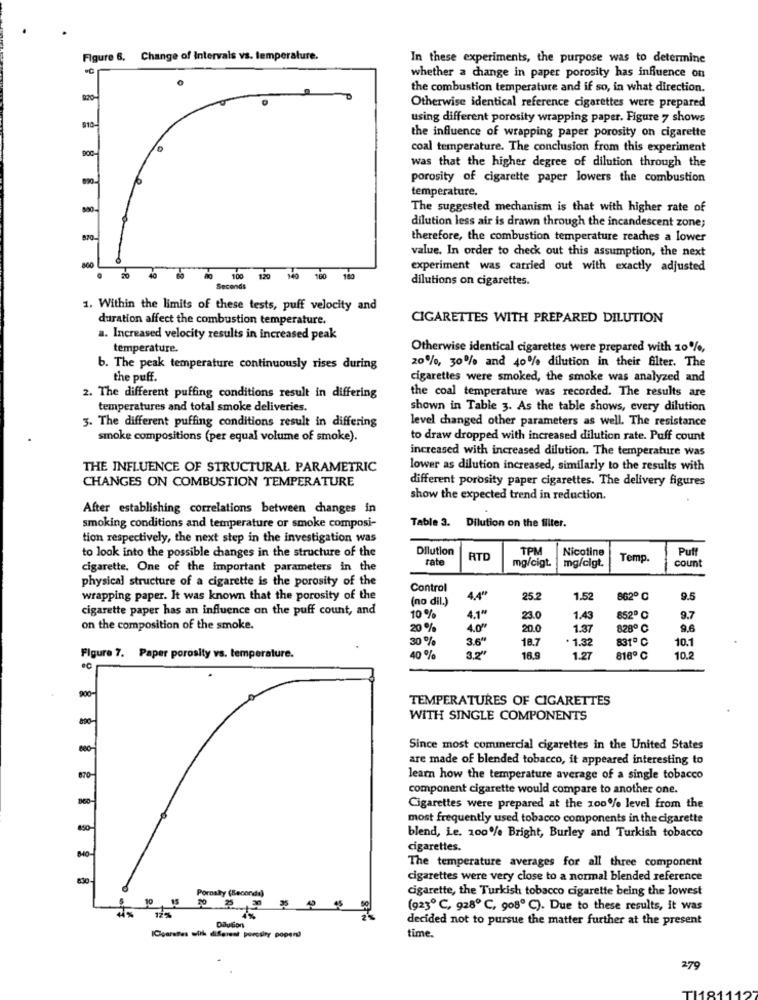
Figure 6. Change of intervals vs. temperature.
In these experiments, the purpose was to determine
whether a change in paper porosity has influence on
the combustion temperature and if so, in what direction.
Otherwise identical reference cigarettes were prepared
using different porosity wrapping paper. Figure 7 shows
910-
the influence of wrapping paper porosity on cigarette
coal temperature. The conclusion from this experiment
was that the higher degree of dilution through the
porosity of cigarette paper lowers the combustion
temperature.
The suggested mechanism is that with higher rate of
dilution less air is drawn through the incandescent zone;
therefore, the combustion temperature reaches a lower
value. In order to check out this assumption, the next
800
experiment was carried out with exactly adjusted
100
12
180
dilutions on cigarettes.
Seconds
1. Within the limits of these tests, puff velocity and
duration affect the combustion temperature.
CIGARETTES WITH PREPARED DILUTION
a. Increased velocity results in increased peak
temperature.
Otherwise identical cigarettes were prepared with 10%,
20%, 30% and 40% dilution in their filter. The
b. The peak temperature continuously rises during
the puff.
cigarettes were smoked, the smoke was analyzed and
2. The different puffing conditions result in differing
the coal temperature was recorded. The results are
temperatures and total smoke deliveries.
shown in Table 3. As the table shows, every dilution
3. The different puffing conditions result in differing
level changed other parameters as well. The resistance
smoke compositions (per equal volume of smoke).
to draw dropped with increased dilution rate. Puff count
increased with increased dilution. The temperature was
THE INFLUENCE OF STRUCTURAL PARAMETRIC
lower as dilution increased, similarly to the results with
CHANGES ON COMBUSTION TEMPERATURE
different porosity paper cigarettes. The delivery figures
show the expected trend in reduction.
After establishing correlations between changes in
smoking conditions and temperature or smoke composi-
Table 3. Dilution on the filter.
tion respectively, the next step in the investigation was
to look into the possible changes in the structure of the
Dilution
TPM
Nicotine
Puff
rate
RTL
mg/cigt.
mg/cigt.
Temp.
count
cigarette. One of the important parameters in the
physical structure of a cigarette is the porosity of the
Control
wrapping paper. It was known that the porosity of the
(no dil.)
4.4"
25.2
1.52
862º ℃
9.5
cigarette paper has an influence on the puff count, and
10 %
4.1"
23.0
1.43
852º C
9.7
on the composition of the smoke.
20 %
4.0"
20.0
1.37
828º ℃
9.6
30%
3.6"
18.7
· 1.32
831º C
10.1
Figure 7. Paper porosity vs. temperature.
40 %
3.2"
16.9
1.27
816 ℃
10.2
900-
TEMPERATURES OF CIGARETTES
WITH SINGLE COMPONENTS
Since most commercial cigarettes in the United States
are made of blended tobacco, it appeared interesting to
670
learn how the temperature average of a single tobacco
component cigarette would compare to another one.
Cigarettes were prepared at the 100% level from the
most frequently used tobacco components in the cigarette
blend, Le. 100% Bright, Burley and Turkish tobacco
cigarettes.
The temperature averages for all three component
cigarettes were very close to a normal blended reference
Poroally (Seconds)
cigarette, the Turkish tobacco cigarette being the lowest
10
15
70 % ,30
35 49 45
(923 ℃, 928 ℃, 9080 ℃). Due to these results, it was
12%
decided not to pursue the matter further at the present
Dilution
time
279